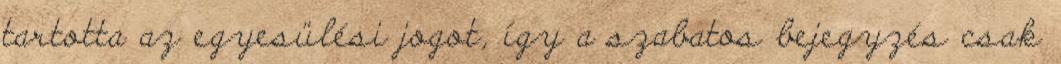
tartotta az egyesülési jogot, így a szabatos bejegyzés csak